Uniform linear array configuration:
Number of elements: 12
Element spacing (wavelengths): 0.25
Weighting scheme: uniform
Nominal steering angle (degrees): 15
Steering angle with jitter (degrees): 16.421
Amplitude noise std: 0.05
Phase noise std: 0.05

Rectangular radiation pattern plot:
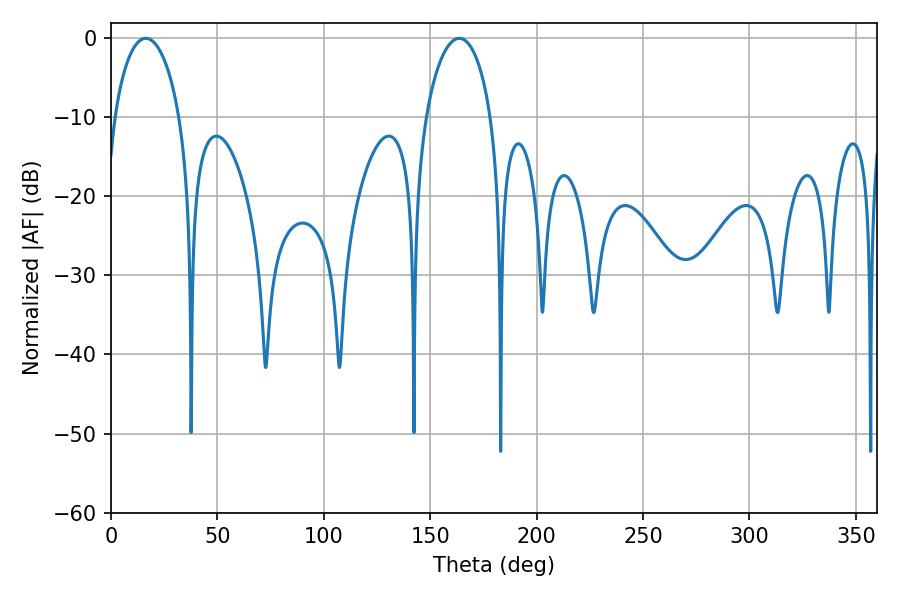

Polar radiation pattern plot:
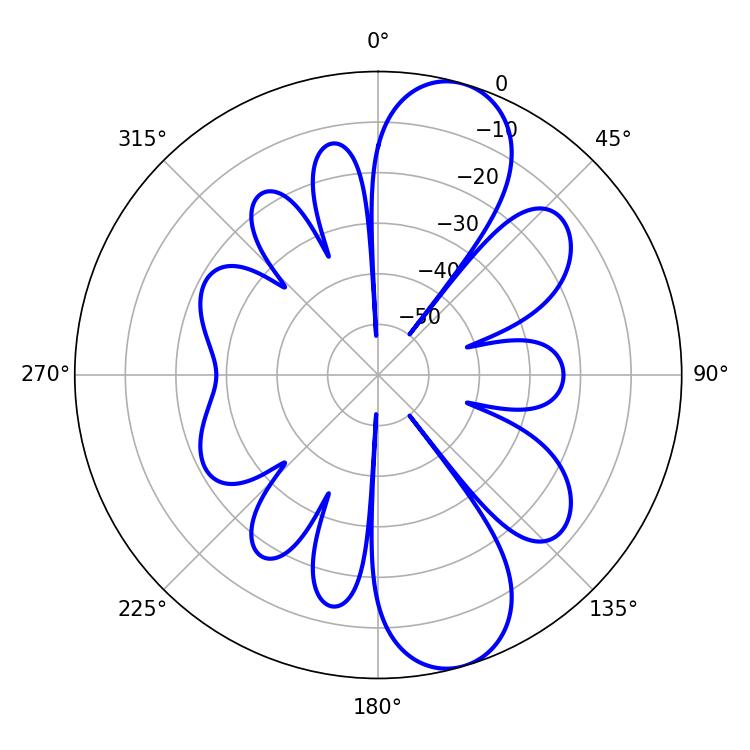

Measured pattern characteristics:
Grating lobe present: FALSE
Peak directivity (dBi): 10.136
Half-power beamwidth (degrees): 17.64
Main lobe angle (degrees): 16.38